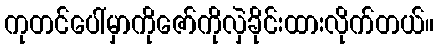
ကုတင်ပေါ်မှာကိုဇော်ကိုလှဲခိုင်းထားလိုက်တယ်။